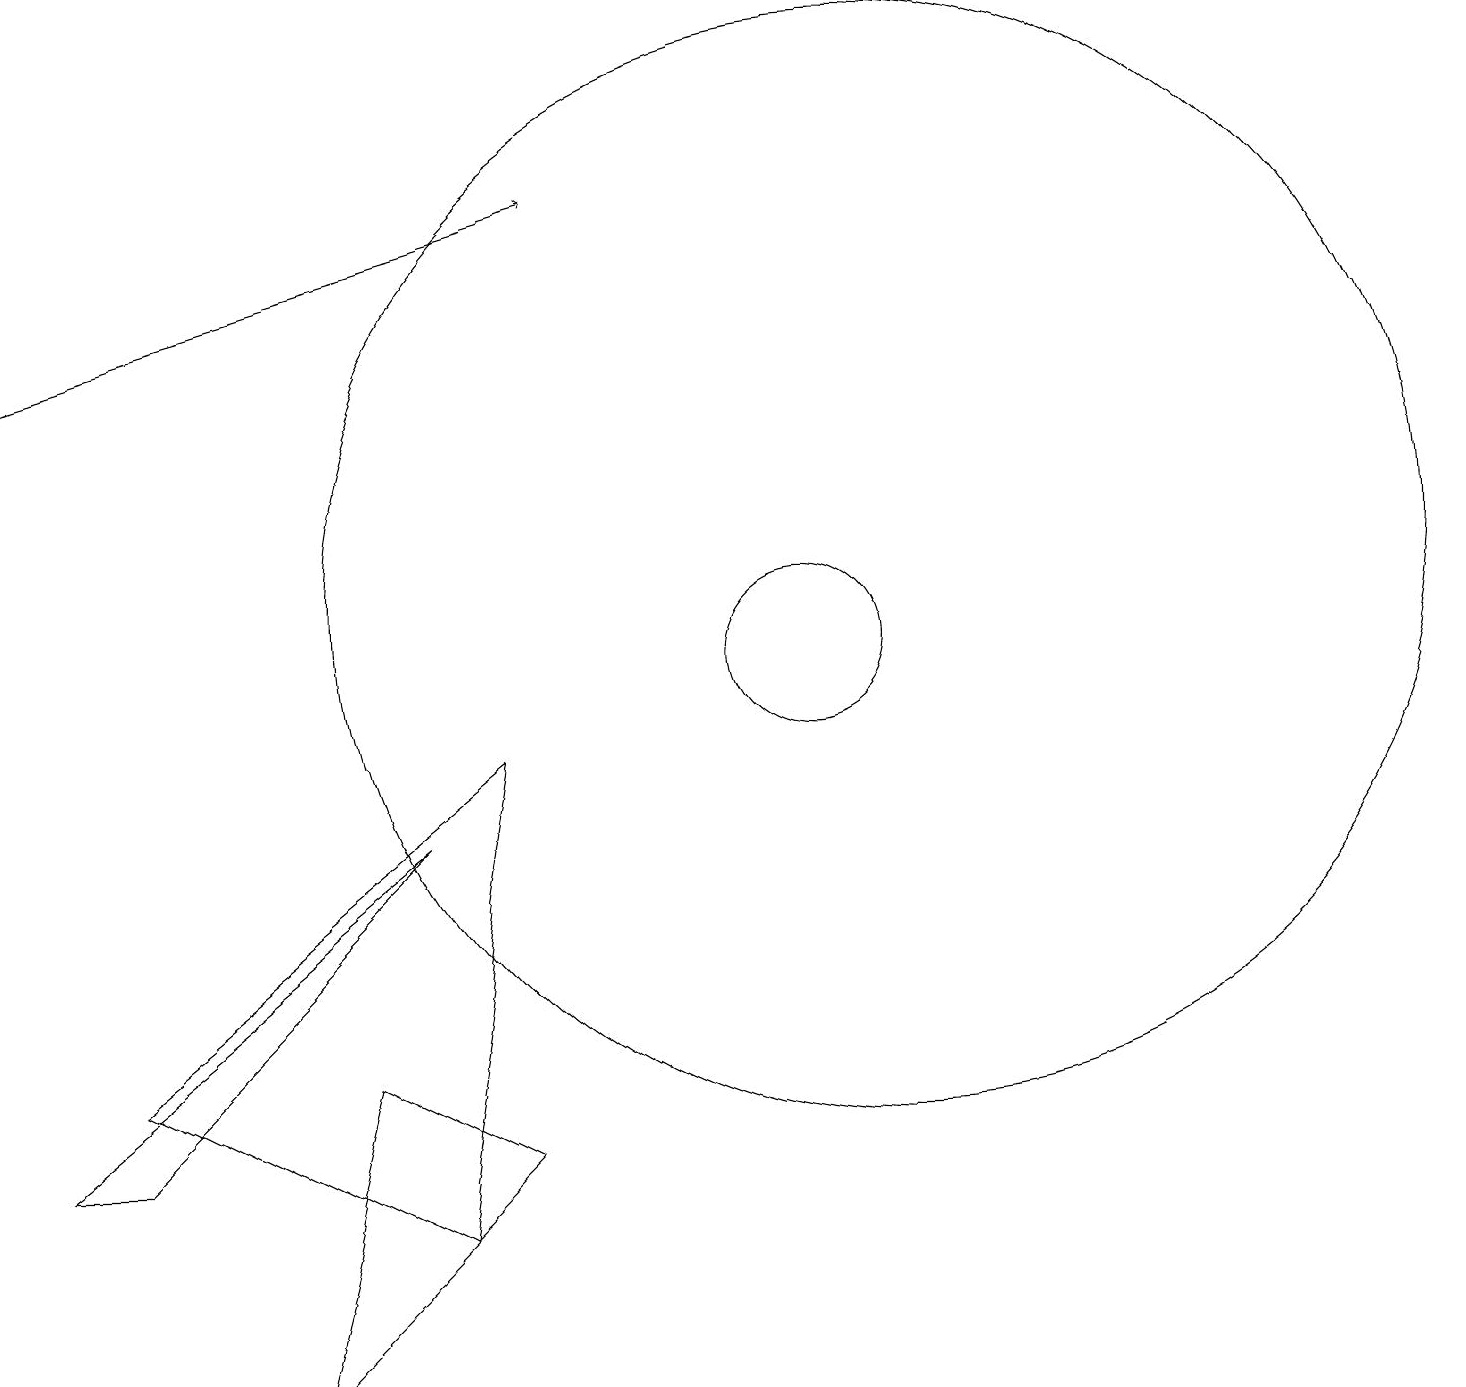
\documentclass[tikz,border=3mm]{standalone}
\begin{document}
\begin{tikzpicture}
\draw (4,5) -- (6,4) -- (3,1) -- cycle;
\draw (1,4) -- (0,4) -- (5,8) -- cycle;
\draw (6,9) -- (1,5) -- (5,3) -- cycle;
\draw (10,10) circle (1);
\draw (11,11) circle (7);
\draw[->] (0,14) -- (7,16);
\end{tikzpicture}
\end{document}